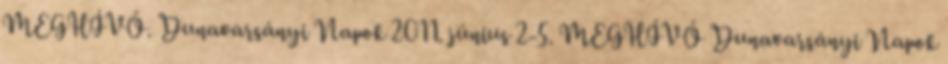
MEGHÍVÓ. Dunavarsányi Napok 2011. június 2-5. MEGHÍVÓ Dunavarsányi Napok